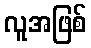
လူအဖြစ်